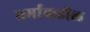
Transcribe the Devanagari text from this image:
धर्माकडील